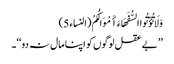
وَلَا تُؤْتُوا السُّفَهَاءَ أَمْوَالَکُمُ (النساء 5)
’’بے عقل لوگوں کو اپنا مال نہ دو‘‘۔